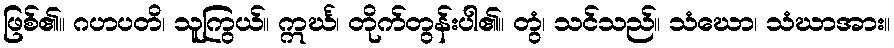
ဖြစ်၏။ ဂဟပတိ၊ သူကြွယ်။ ဣင်္ဃ၊ တိုက်တွန်းပါ၏။ တွံ၊ သင်သည်။ သံဃော၊ သံဃာအား။